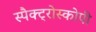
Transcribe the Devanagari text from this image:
स्पैक्ट्रोस्कोपी